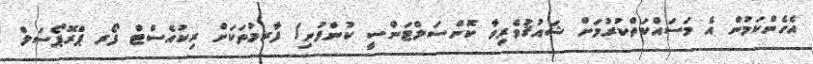
އެހެންކަމުން އެ މަސައްކަތްކުރުމަށް ޝައުޤުވެރިވާ ކޮންސަލްޓަންސީ ކުންފުނި/ ފާރމުތަކަށް ރިކުއެސްޓް ފޯރ ޕްރޮޕޯސަލް